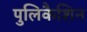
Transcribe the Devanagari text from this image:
पुलिकैशिन